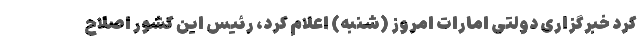
کرد خبرگزاری دولتی امارات امروز (شنبه) اعلام کرد، رئیس این کشور اصلاح